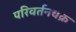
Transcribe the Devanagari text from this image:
परिवर्तनचक्र